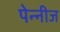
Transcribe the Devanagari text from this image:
पेन्नीज